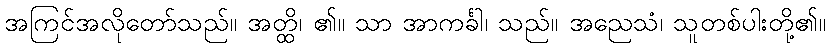
အကြင်အလိုတော်သည်။ အတ္ထိ၊ ၏။ သာ အာကင်္ခါ၊ သည်။ အညေသံ၊ သူတစ်ပါးတို့၏။